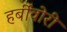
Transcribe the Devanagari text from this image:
हर्बीवोरी